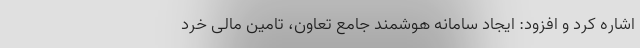
اشاره کرد و افزود: ایجاد سامانه هوشمند جامع تعاون، تامین مالی خرد